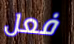
فعل